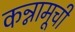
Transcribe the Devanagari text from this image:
कन्नामूची